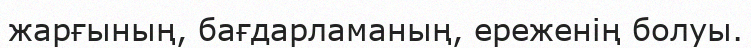
жарғының, бағдарламаның, ереженің болуы.